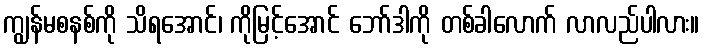
ကျွန်မစနစ်ကို သိရအောင်၊ ကိုမြင့်အောင် ဘော်ဒါကို တစ်ခါလောက် လာလည်ပါလား။